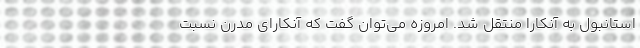
استانبول به آنكارا منتقل شد. امروزه مي‌توان گفت كه آنكارای مدرن‌ نسبت